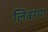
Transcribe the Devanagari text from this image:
लिबरण